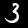
Digit: 3